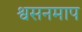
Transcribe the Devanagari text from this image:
श्वसनमाप